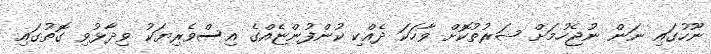
ނޫހުގައި ނަން ނުޖެހުމަށް ޝަރުތުކޮށް ވާހަކަ ދެއްކި ކުންފުންޏެއްގެ އިސްވެރިޔަކު ވިދާޅުވި ގޮތުގައި